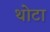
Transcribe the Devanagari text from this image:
थोटा